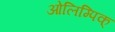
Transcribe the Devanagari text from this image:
ओलिम्पिक्